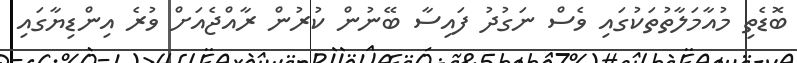
ބޮޑެތި މުއާމަލާތުތަކުގައި ވެސް ނަގުދު ފައިސާ ބޭނުން ކުރުން ރާއްޖެއަށް ވުރެ އިންޑިޔާގައި